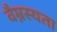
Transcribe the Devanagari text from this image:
वैम्नस्यता